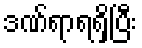
ဒဏ်ရာရရှိပြီး